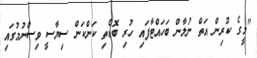
"މީގެ ކުރިން އަތް ނުލާން ބަހައްޓާފައި ހުރި ބޮޑެތި ކަންކަން ސިޔާސީ ވިސްނުމުގައި